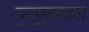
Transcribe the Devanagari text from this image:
कुतूहलवश